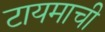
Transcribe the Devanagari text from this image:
टायमाची